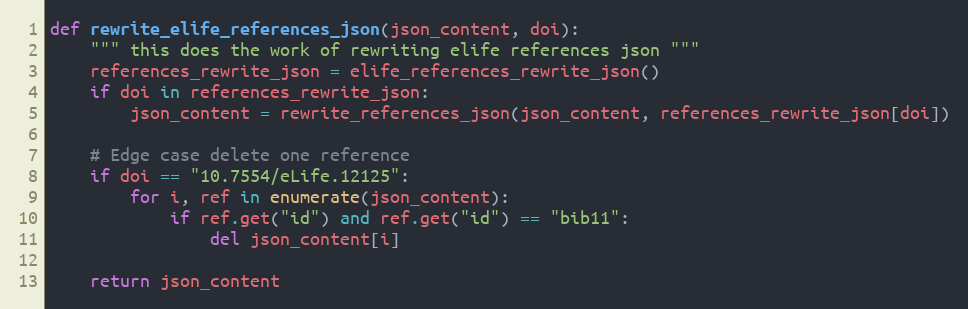
Language: Python
def rewrite_elife_references_json(json_content, doi):
    """ this does the work of rewriting elife references json """
    references_rewrite_json = elife_references_rewrite_json()
    if doi in references_rewrite_json:
        json_content = rewrite_references_json(json_content, references_rewrite_json[doi])

    # Edge case delete one reference
    if doi == "10.7554/eLife.12125":
        for i, ref in enumerate(json_content):
            if ref.get("id") and ref.get("id") == "bib11":
                del json_content[i]

    return json_content